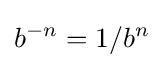
b^{-n}=1/b^{n}